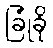
ခြုံခို